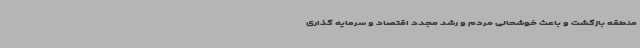
منطقه بازگشت و باعث خوشحالی مردم و رشد مجدد اقتصاد و سرمایه گذاری